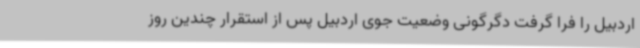
اردبیل را فرا گرفت دگرگونی وضعیت جوی اردبیل پس از استقرار چندین روز